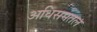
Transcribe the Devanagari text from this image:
अधिसमतल